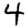
Digit: 4